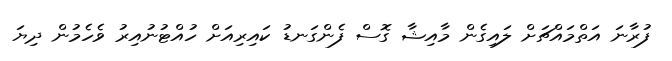
ފުރާނަ އަތްމައްޗަށް ލައިގެން މާއިޝާ ގޮސް ފެންގަނޑު ކައިރިއަށް ހުއްޓުނުއިރު ވެހެމުން ދިޔަ